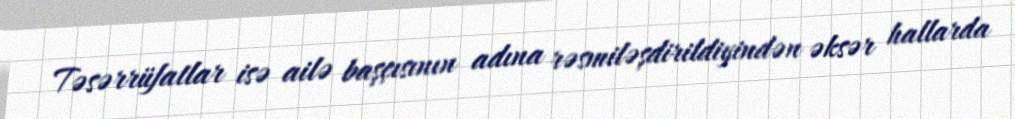
Təsərrüfatlar isə ailə başçısının adına rəsmiləşdirildiyindən əksər hallarda